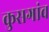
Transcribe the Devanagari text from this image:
कुसगांव